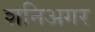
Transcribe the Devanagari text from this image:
शनिअगर